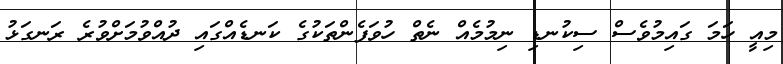
މިއީ ހަމަ ގައިމުވެސް ސިކުނޑި ނިމުމެއް ނެތް ހުވަފެންތަކުގެ ކަނޑެއްގައި ދުއްވުމަށްވުރެ ރަނގަޅު